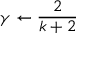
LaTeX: \gamma \leftarrow { \frac { 2 } { k + 2 } }